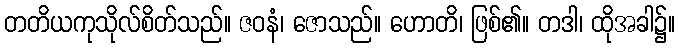
တတိယကုသိုလ်စိတ်သည်။ ဇဝနံ၊ ဇောသည်။ ဟောတိ၊ ဖြစ်၏။ တဒါ၊ ထိုအခါ၌။